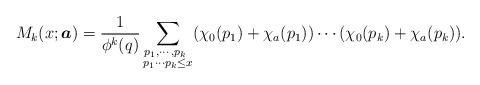
LaTeX: \begin{align*}M_k(x; \boldsymbol{a})=\frac{1}{\phi^k(q)}\sum_{\substack{p_1, \cdots, p_k ~\\p_1\cdots p_k\leq x}} (\chi_0(p_1)+\chi_a(p_1))\cdots (\chi_0(p_k)+\chi_a(p_k)).\end{align*}